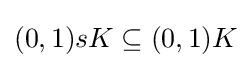
{\textstyle (0,1)sK\subseteq (0,1)K}